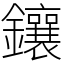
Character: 鑲